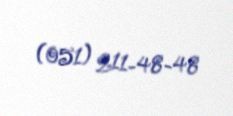
(051) 211-48-48